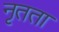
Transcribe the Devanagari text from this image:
नृतता